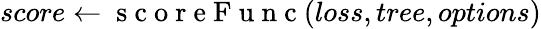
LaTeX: score\gets\mathrm{~s~c~o~r~e~F~u~n~c~}(loss,tree,options)